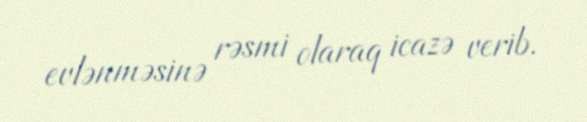
evlənməsinə rəsmi olaraq icazə verib.